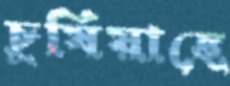
চুষিয়াছে